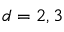
d = 2 , 3